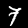
Digit: 7